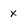
Character: x